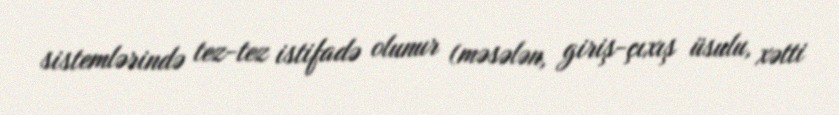
sistemlərində tez-tez istifadə olunur (məsələn, giriş-çıxış üsulu, xətti